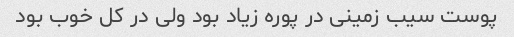
پوست سیب زمینی در پوره زیاد بود ولی در کل خوب بود